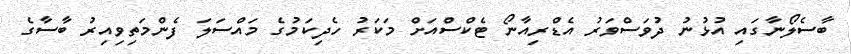
ބާސެލޯނާގައި އުޅުނު ދުވަސްވަރު އެޑްރިއާނޯ ޓެކްސްއަށް މަކަރު ހެދިކަމުގެ މައްސަލަ ފެންމަތިވިއިރު ބާސާގެ